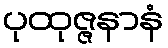
ပုထုဇ္ဇနာနံ